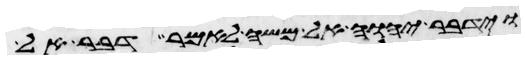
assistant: וידבר יהוה אל משה לאמר דבר אל